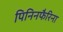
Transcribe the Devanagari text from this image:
पिनिनफैरिना